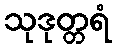
သုဒုတ္တရံ